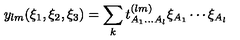
y _ { l m } ( \xi _ { 1 } , \xi _ { 2 } , \xi _ { 3 } ) = \sum _ { k } t _ { A _ { 1 } \ldots A _ { l } } ^ { ( l m ) } \xi _ { A _ { 1 } } \cdots \xi _ { A _ { l } } \,